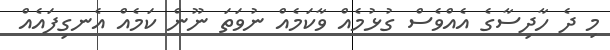
މި ދެ ހާދިސާގެ އެއްވެސް ގުޅުމެއް ވާކަމެއް ނުވަތަ ނޫން ކަމެއް އެނގިފައެއް